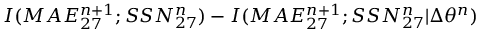
I ( M A E _ { 2 7 } ^ { n + 1 } ; S S N _ { 2 7 } ^ { n } ) - I ( M A E _ { 2 7 } ^ { n + 1 } ; S S N _ { 2 7 } ^ { n } | \Delta \theta ^ { n } )